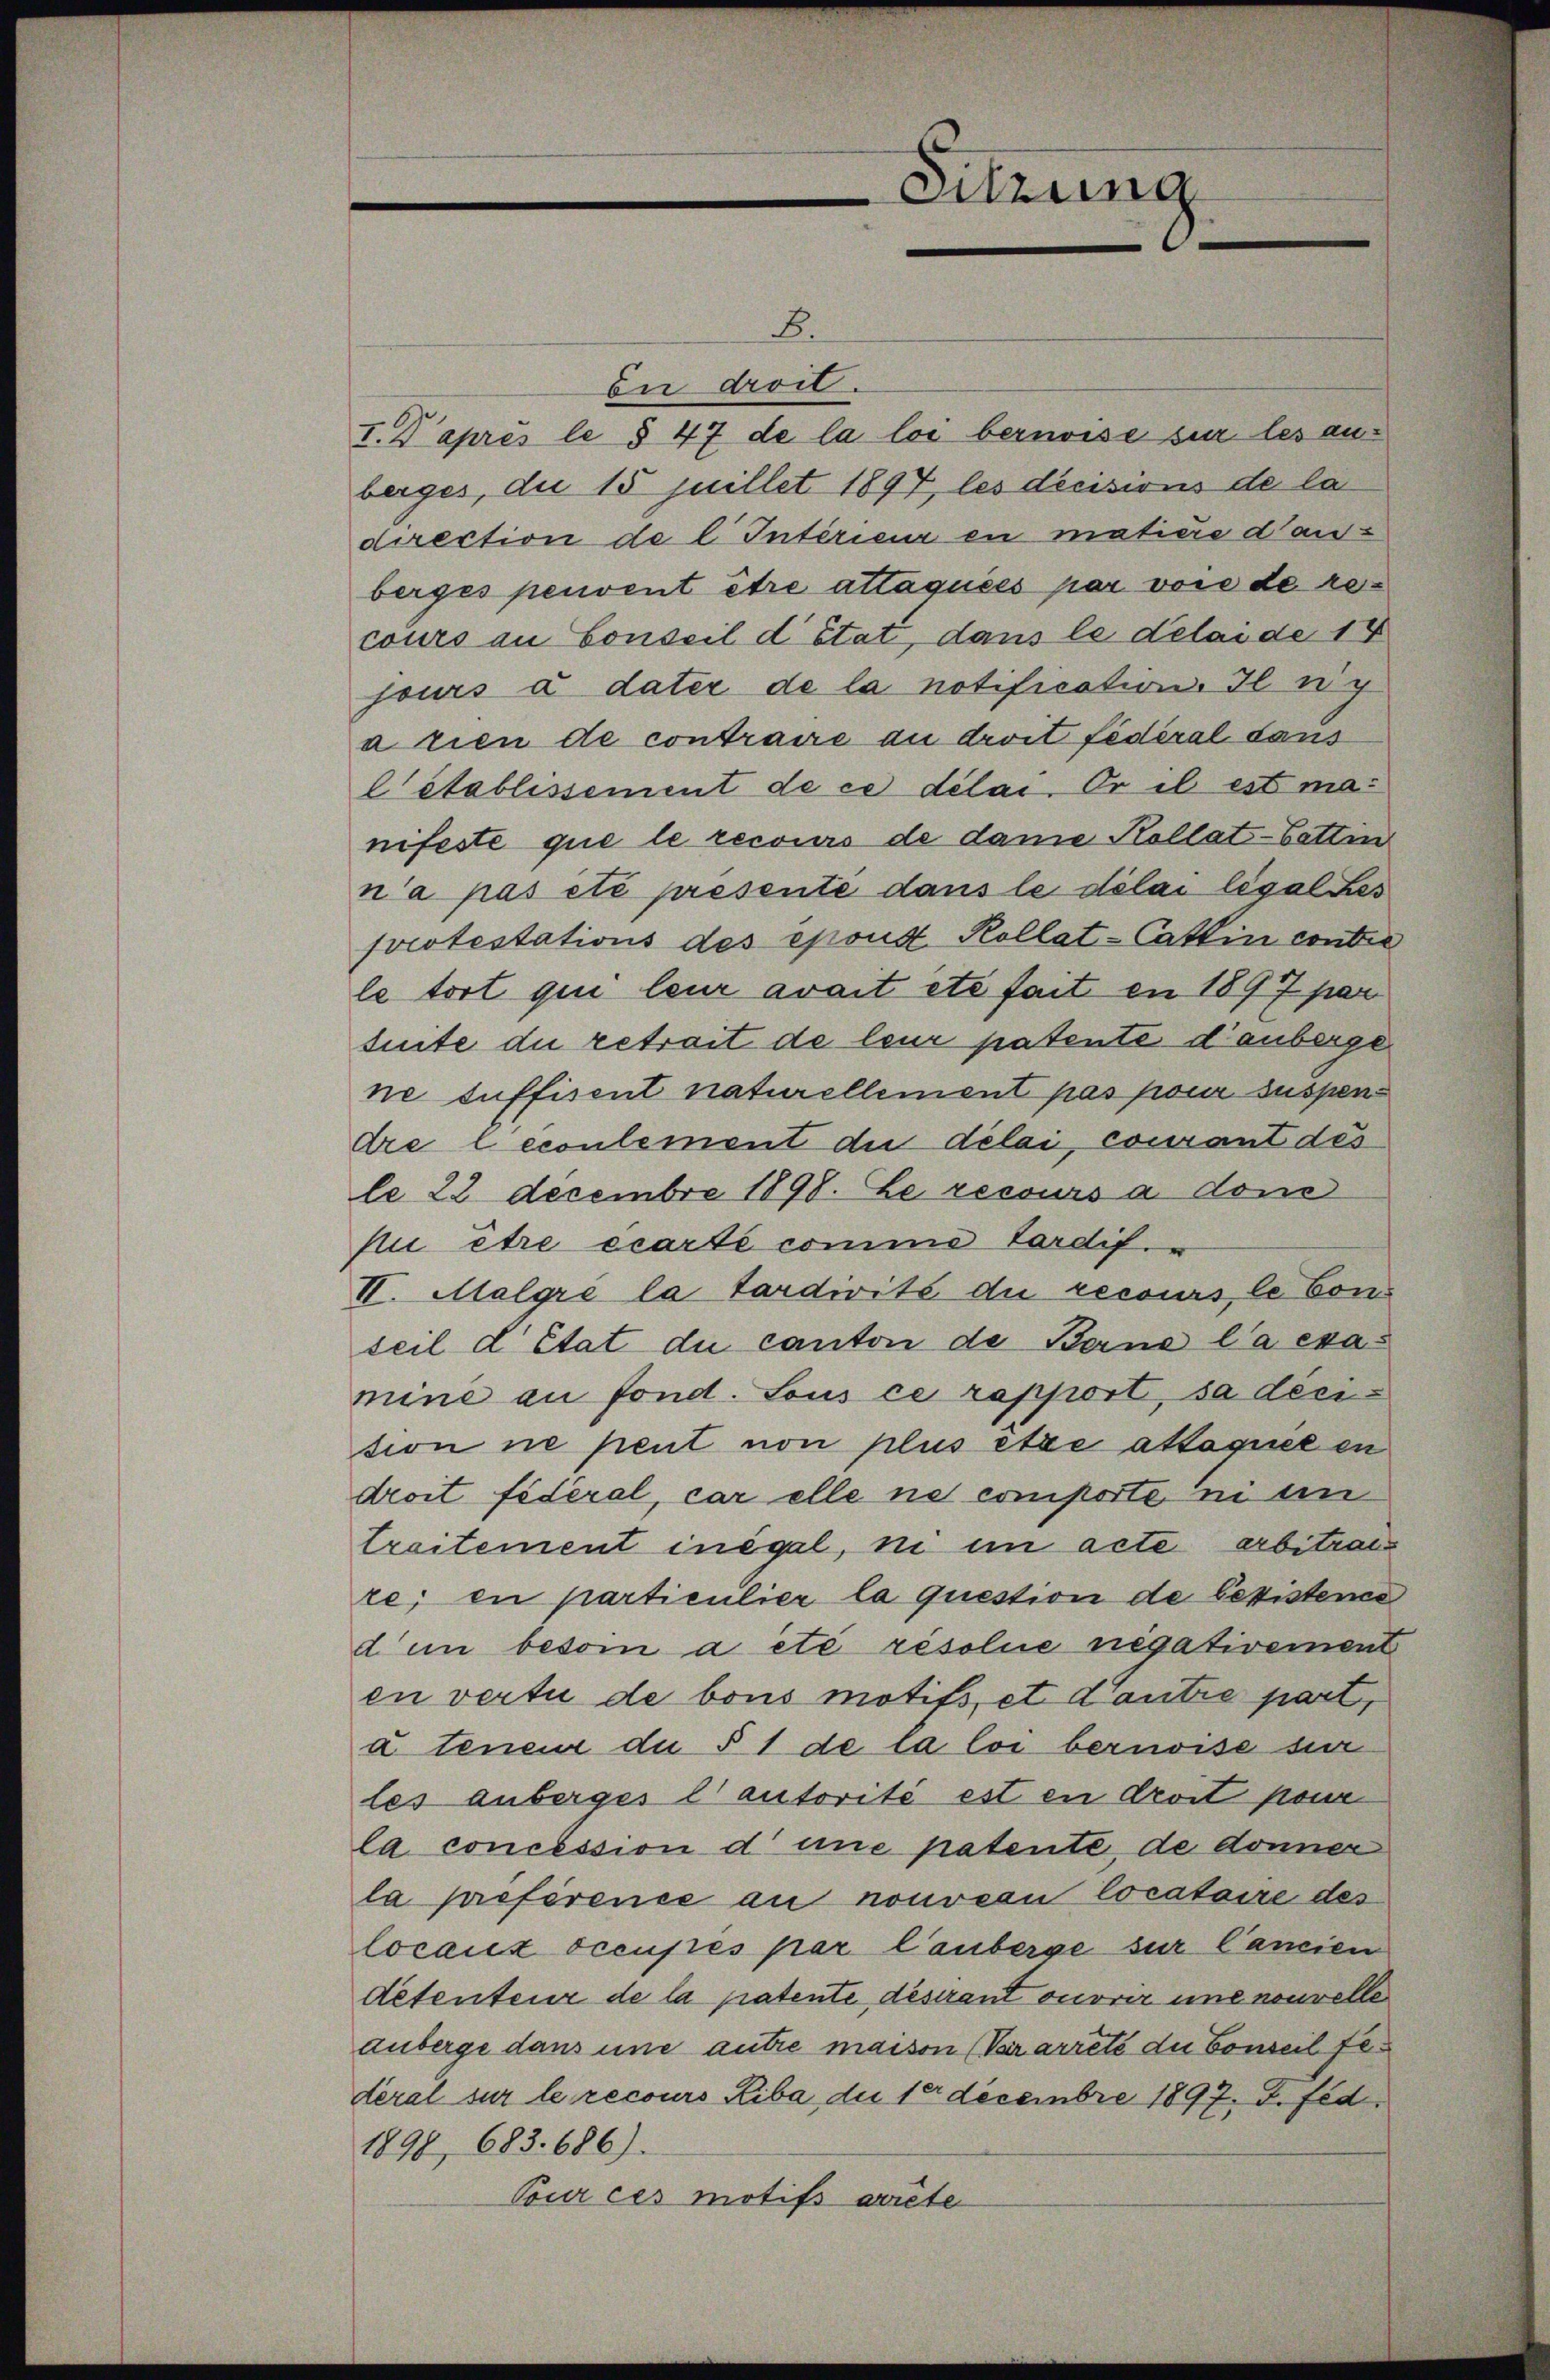
Sitzung

B.
bei droit.
I. Kaprès le § 47 de la loi bernoise sur les anberges, du 15 juillet 1897, les decisions de la
direction de l. Interien en matière dauberges peuvent être attaquées par vore de recours an Conseil d’état, dans le délai de 18
jours à dater de la notification. Il n’y
a tien de contraire au droit fédéral dans
l’établissement de ce délai. Er il est manifeste que le recours de dane Kollat-Gattin
n’a pas été presente dans le délai légales
protestations des épous Kollat-Cattin contre
le fort qui leur avait été fait en 1897 par
tuite die retrait de leur patente danberge
ne suffisent naturellement pas pour suspendre lecoulement die délai, courant des
le 22 Decembre 1898. Le recours à don
pu être écarté comme tardif.
II. Malgre la tardivité die recours, le Con
teil d’Etat du canton de Beine l’a examine an fond. Sous ce rapport, sa decition ne peut non plus être attaquel en
droit fédéral, car elle ne comporte ni in
treitement inégal, in ein acte arbitran
re; en particulier la question de lexistence
din beson a été résolue negativement
en vertu de bois motifs, et Contre part,
a teneur du § 1 de la loi bernoise sur
les anberges l’autorité est en droit pone
la concession d eine patente, de donner
la préférence au nouveau locataire des
locauz occupés par lauberge zur Cancien
detenteur de la patente, desirant ouvrir une nouvelle
auberge dans une autre maison (Vararreté du Conseil federal sur le recours Riba die 10 Decembre 1897. P. féd
1898, 683. 686).
Tour ces motifs arrête